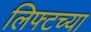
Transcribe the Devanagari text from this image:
लिफ्टच्या